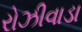
રોઝીવાડા